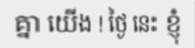
គ្នា យើង ! ថ្ងៃ នេះ ខ្ញុំ